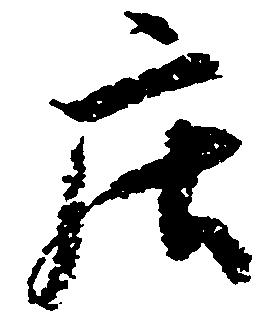
庄